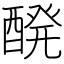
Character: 醗